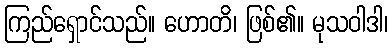
ကြည်ရှောင်သည်။ ဟောတိ၊ ဖြစ်၏။ မုသဝါဒါ၊